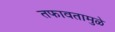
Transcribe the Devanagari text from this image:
तफावतामुळे